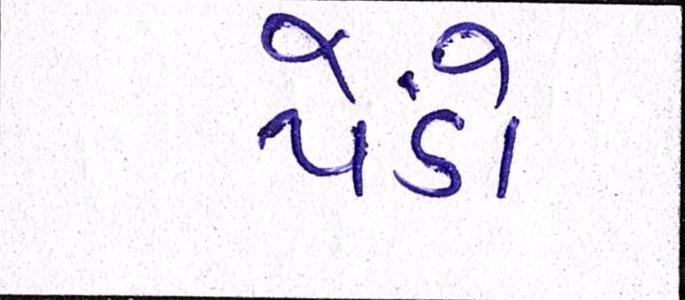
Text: પેંડો